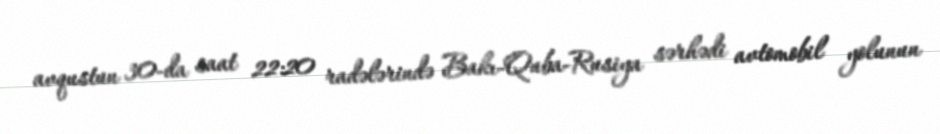
avqustun 30-da saat 22:20 radələrində Bakı-Quba-Rusiya sərhədi avtomobil yolunun